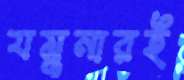
যমুনারই